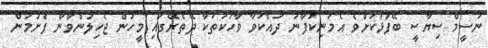
ނަސީމް ސިޔާސީ ބޭފުޅަކަށްވެ އެމަނިކުފާނު ދައްކަވާ ވާހަކަތަކާ ދޭތެރޭގައި މީހުން ޖެހިލުންވާން ފެށުމުން